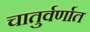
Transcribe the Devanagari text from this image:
चातुर्वर्णात